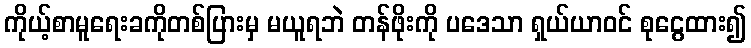
ကိုယ့်စာမူရေးခကိုတစ်ပြားမှ မယူရဘဲ တန်ဖိုးကို ပဒေသာ ရှယ်ယာဝင် စုငွေထား၍